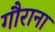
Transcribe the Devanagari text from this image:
गौराना